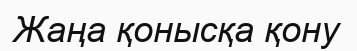
Жаңа қонысқа қону